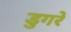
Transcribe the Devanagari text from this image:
डुगरे